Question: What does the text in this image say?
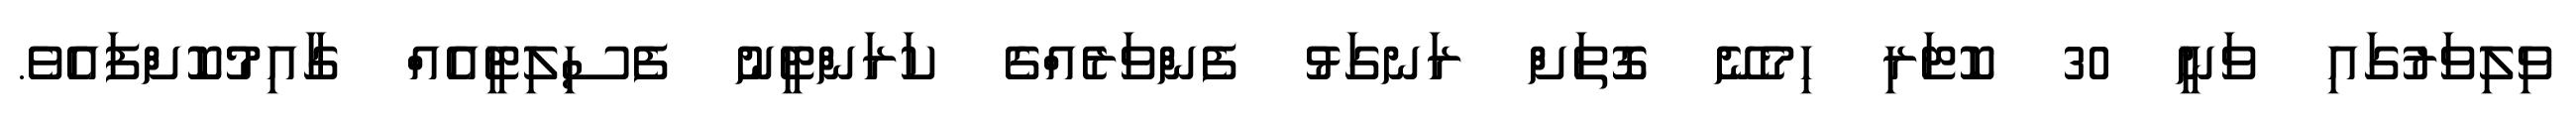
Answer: ވިލިވަރުގައި ވަނީ 30 ކޮޓަރި ހިމެނޭ ގޮތަށް ރަނގަޅު ފެންވަރެއްގެ ކަރަންޓީނު ފެސިލިޓީއެއް ގާއިމުކޮށްފައެވެ.